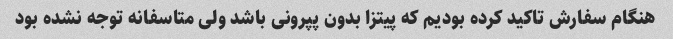
هنگام سفارش تاکید کرده بودیم که پیتزا بدون پپرونی باشد ولی متاسفانه توجه نشده بود